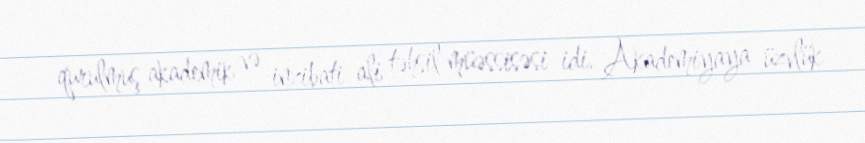
qurulmuş akademik və inzibati ali təhsil müəssisəsi idi. Akademiyaya üzvlük